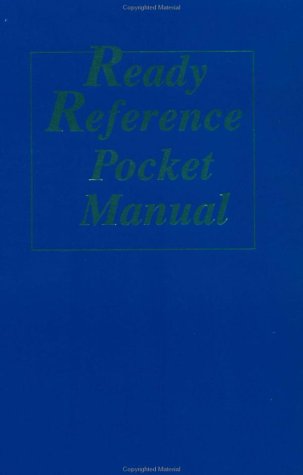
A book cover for Ready Reference Pocket Manual; Business & Money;